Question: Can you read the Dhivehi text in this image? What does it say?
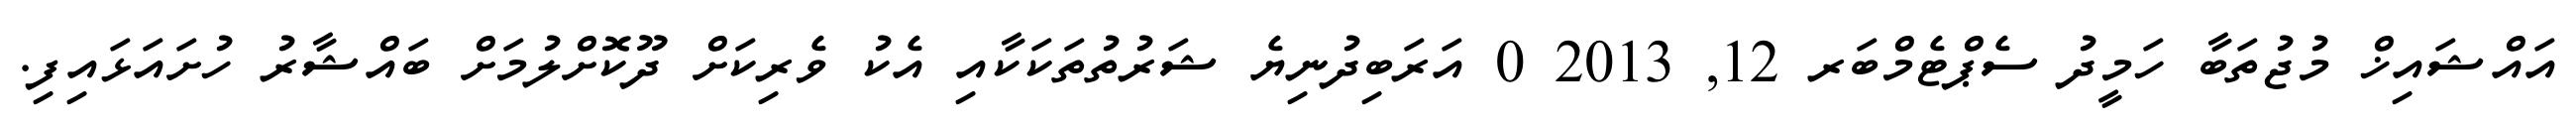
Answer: އައްޝައިޚް މުޖުތަބާ ހަމީދު ސެޕްޓެމްބަރ 12, 2013 0 އަރަބިދުނިޔެ ޝަރުތުތަކަކާއި އެކު ވެރިކަށް ދޫކޮށްލުމަށް ބައްޝާރު ހުށައަޅައިފި.